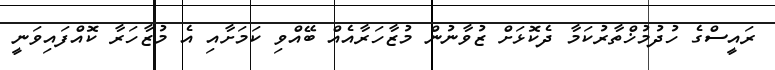
ރައީސްގެ ހުދުމުޚްތާރުކަމާ ދެކޮޅަށް ޒުވާނުން މުޒާހަރާއެއް ބޭއްވި ކަމަށާއި އެ މުޒާހަރާ ކޮއްފައިވަނީ